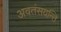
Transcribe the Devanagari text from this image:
अवतंसयन्ति